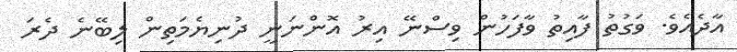
އާދެއެވެ. ވަގުތު ފާއިތު ވާފަހުން ވިސްނޭ އިރު އޮންނަނީ ދުނިޔެމަތިން ލިބޭނެ ދެރަ